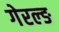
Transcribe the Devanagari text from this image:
गेरल्ङ